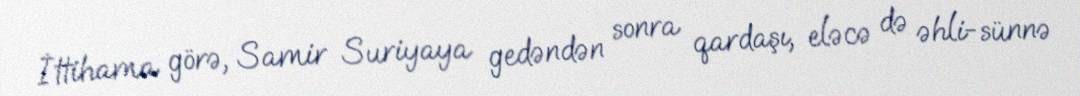
İttihama görə, Samir Suriyaya gedəndən sonra qardaşı, eləcə də əhli-sünnə